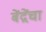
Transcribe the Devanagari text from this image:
बेंद्रेंचा